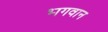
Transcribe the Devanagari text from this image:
भ्‍ागवान